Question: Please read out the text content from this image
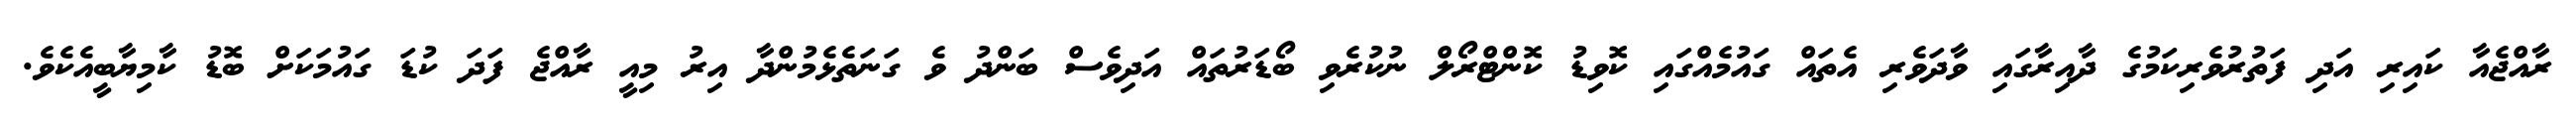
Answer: ރާއްޖެއާ ކައިރި އަދި ފަތުރުވެރިކަމުގެ ދާއިރާގައި ވާދަވެރި އެތައް ގައުމެއްގައި ކޮވިޑު ކޮންޓްރޯލް ނުކުރެވި ބޯޑަރުތައް އަދިވެސް ބަންދު ވެ ގަނަތެޅެމުންދާ އިރު މިއީ ރާއްޖެ ފަދަ ކުޑަ ގައުމަކަށް ބޮޑު ކާމިޔާބީއެކެވެ.